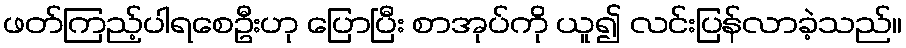
ဖတ်ကြည့်ပါရစေဦးဟု ပြောပြီး စာအုပ်ကို ယူ၍ လင်းပြန်လာခဲ့သည်။